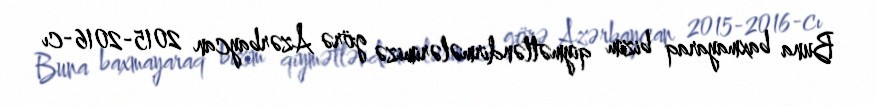
Buna baxmayaraq bizim qiymətləndirmələrimizə görə Azərbaycan 2015-2016-cı